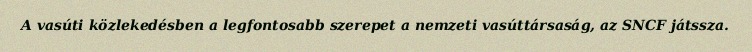
A vasúti közlekedésben a legfontosabb szerepet a nemzeti vasúttársaság, az SNCF játssza.